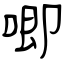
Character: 唧